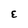
Character: E